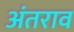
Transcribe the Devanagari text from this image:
अंतराव